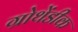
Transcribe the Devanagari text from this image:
ग्रोथेंडीक